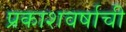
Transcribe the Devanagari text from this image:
प्रकाशवर्षाची